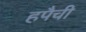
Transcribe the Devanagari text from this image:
हपैची